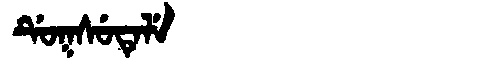
Manchu: ᡩᡠᡴᠰᡠᡨᡝᠯᡝ
Romanization: DUKSUTELE